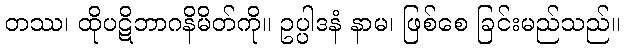
တဿ၊ ထိုပဋိဘာဂနိမိတ်ကို။ ဥပ္ပါဒနံ နာမ၊ ဖြစ်စေ ခြင်းမည်သည်။